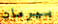
بيرمان